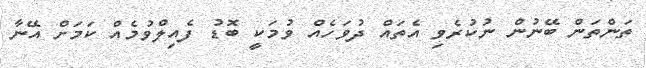
ތަންތަން ބޭނުން ނުކުރެވި އެތައް ދުވަހެއް ވުމަކީ ބޮޑު ފެއިލްވުމެއް ކަމަށް އޭނާ